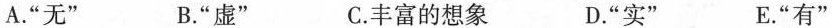
A.”无” B.”虚” C.丰富的想象 D.”实” E.”有”